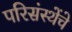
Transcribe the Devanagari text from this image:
परिसंस्थेंचे